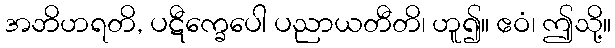
အဘိဟရတိ, ပဋီက္ခေပေါ ပညာယတီတိ၊ ဟူ၍။ ဧဝံ၊ ဤသို့။